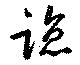
臨